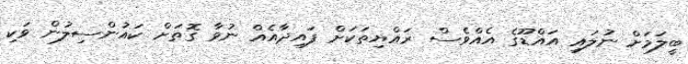
ބީލަމަށް ނުލައި އައްޑޫގެ އެއްވެސް ރައްޔިތަކަށް ފައިދާއެއް ނުވާ ގޮތަށް ކައުންސިލުން ވަކި